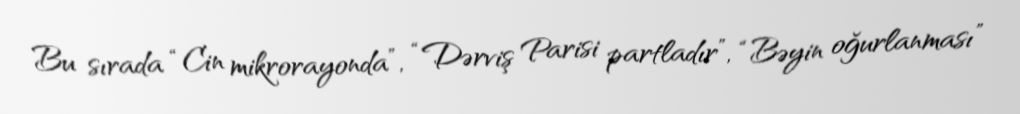
Bu sırada “Cin mikrorayonda”, “Dərviş Parisi partladır”, “Bəyin oğurlanması”